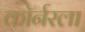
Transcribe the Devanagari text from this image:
काॅर्नरला